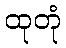
ထုတုံ